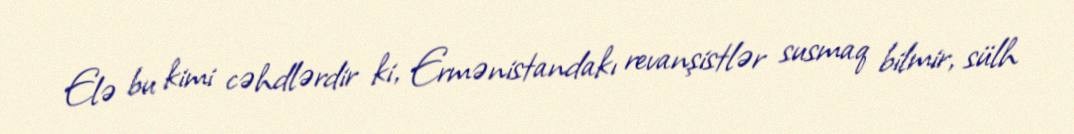
Elə bu kimi cəhdlərdir ki, Ermənistandakı revanşistlər susmaq bilmir, sülh